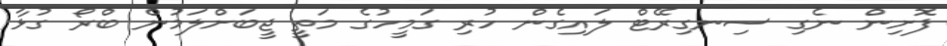
ފޮށިން ނެގި ސިނގިރޭޓް ލައިގެން ހުރި ގަމީހުގެ މަތީ ޖީބަށްލަމުން ބްރޯ ގުޅާ